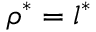
\boldsymbol { \rho } ^ { * } = \boldsymbol { l } ^ { * }